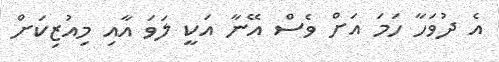
އެ ދުވަހާ ހަމަ އަށް ވެސް އޭނާ އަކީ ލަވަ އާއި މިއުޒިކަށް